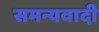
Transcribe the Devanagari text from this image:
समन्यवादी